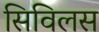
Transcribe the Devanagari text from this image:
सिविलस